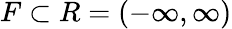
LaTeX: F\subset\textstyle R=(-\infty,\infty)